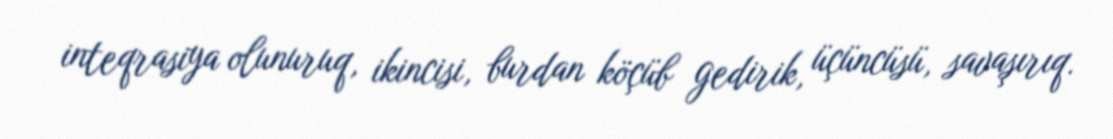
inteqrasiya olunuruq, ikincisi, burdan köçüb gedirik, üçüncüsü, savaşırıq.